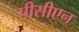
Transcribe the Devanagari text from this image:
पीसीएन